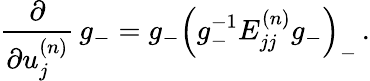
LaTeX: \frac{\partial}{\partial u_{j}^{(n)}}\, g_{-}=g_{-}\left(g_{-}^{-1}E_{jj}^{(n)}g_{-}\right)_{-}\, .